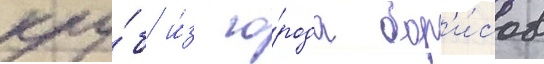
клу́б и́з го́рода бор'и́сов